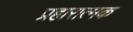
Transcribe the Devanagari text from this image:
प्रहारात्मक